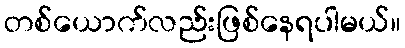
တစ်ယောက်လည်းဖြစ်နေရပါမယ်။